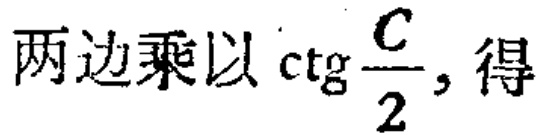
两边乘以\(\mathrm{ctg}\frac{C}{2}\)，得